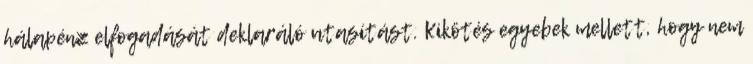
hálapénz elfogadását deklaráló utasítást. Kikötés egyebek mellett, hogy nem